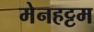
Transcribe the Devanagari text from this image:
मेनहट्टम